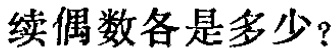
续偶数各是多少？